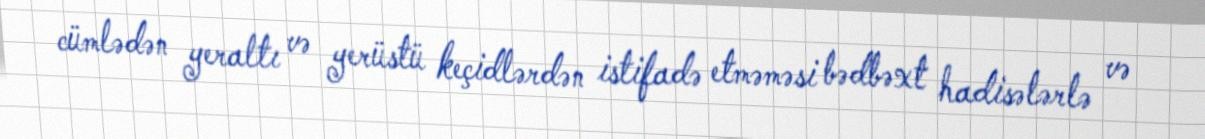
cümlədən yeraltı və yerüstü keçidlərdən istifadə etməməsi bədbəxt hadisələrlə və